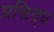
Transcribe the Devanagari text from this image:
प्रसिद्‍ध